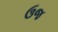
ઉજ